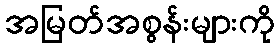
အမြတ်အစွန်းများကို